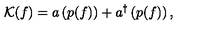
{ \cal K } ( f ) = a \left( p ( f ) \right) + a ^ { \dagger } \left( p ( f ) \right) ,